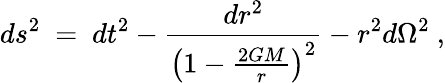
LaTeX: ds^{2}~=~dt^{2}-\frac{dr^{2}}{\left(1-\frac{2GM}{r}\right)^{2}}-r^{2}d\Omega^{2}~,